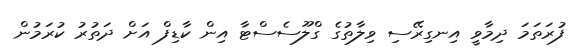
ފުރަތަމަ ދިމާވީ އިނގިރޭސި ވިލާތުގެ ގްލޫސެސްޓާ އިން ކާޑިފް އަށް ދަތުރު ކުރަމުން